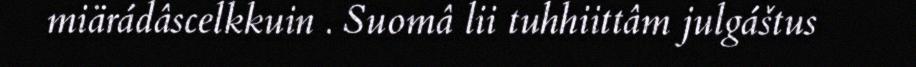
miärádâscelkkuin . Suomâ lii tuhhiittâm julgáštus